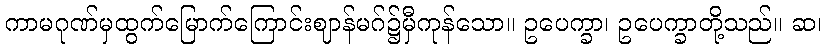
ကာမဂုဏ်မှထွက်မြောက်ကြောင်းဈာန်မဂ်၌မှီကုန်သော။ ဥပေက္ခာ၊ ဥပေက္ခာတို့သည်။ ဆ၊